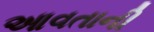
આવતાની